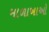
માળાખાઓ